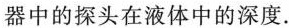
器中的探头在液体中的深度。